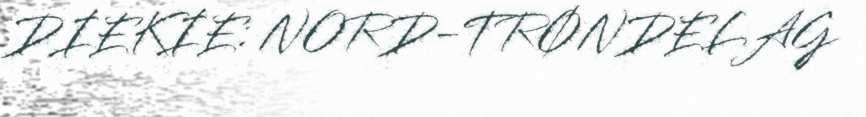
DIEKIE: NORD-TRØNDELAG